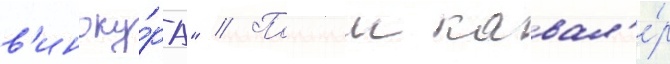
в'иноку́ра" // Полныи кавал'е́р